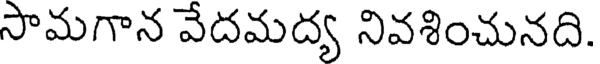
సామగాన వేదమద్య నివశించునది.